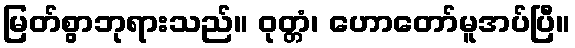
မြတ်စွာဘုရားသည်။ ဝုတ္တံ၊ ဟောတော်မူအပ်ပြီ။